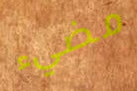
مضيء